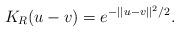
LaTeX: \begin{align*} K_R(u-v) = e^{-||u-v||^2/2}. \end{align*}